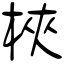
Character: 梜